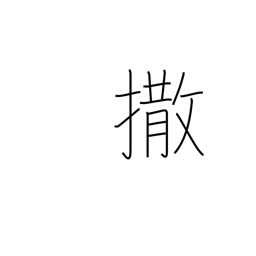
Meaning: give them the slip